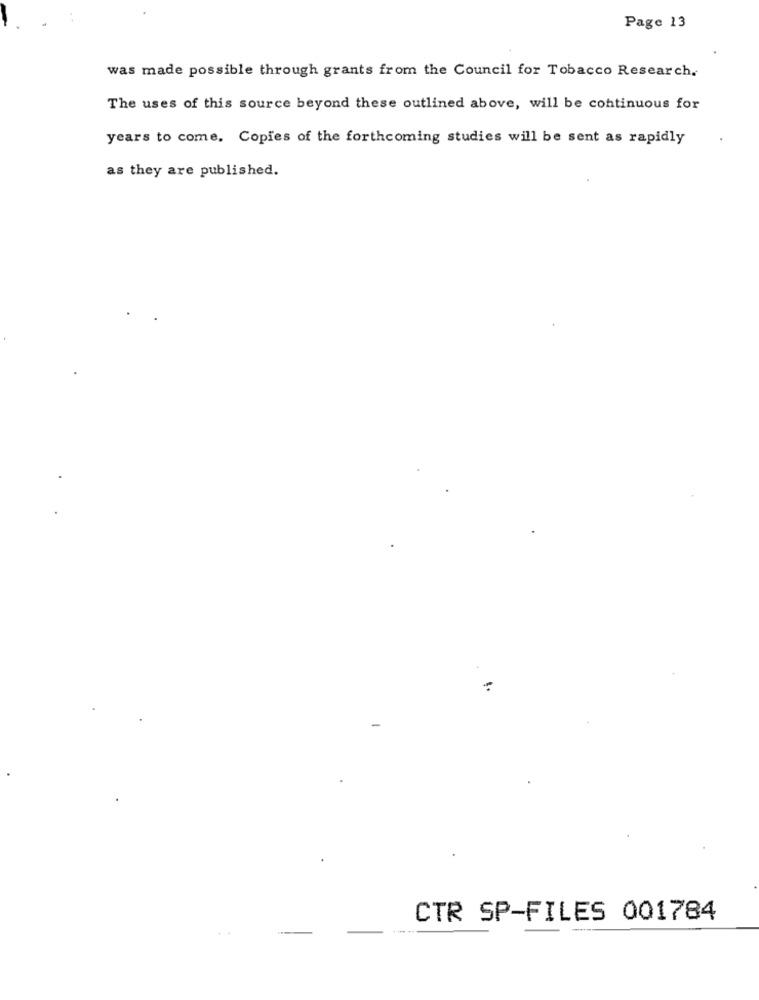
Page 13
was made possible through grants from the Council for Tobacco Research.
The uses of this source beyond these outlined above, will be continuous for
years to come. Copies of the forthcoming studies will be sent as rapidly
as they are published.
CTR SP-FILES 001784